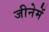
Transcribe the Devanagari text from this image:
जीनेमें